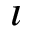
\imath